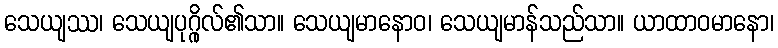
သေယျဿ၊ သေယျပုဂ္ဂိုလ်၏သာ။ သေယျမာနောဝ၊ သေယျမာန်သည်သာ။ ယာထာဝမာနော၊